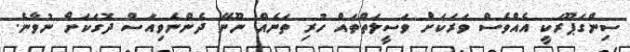
ސިންގަޕޫރަކީ އެއްވެސް ވަރަކަށް ވަސީލަތްތައް ހުރި ތަނެއް ނޫނޭ ދެންނެވިއަސް ދޮގަކަށް ނުވާނެ.